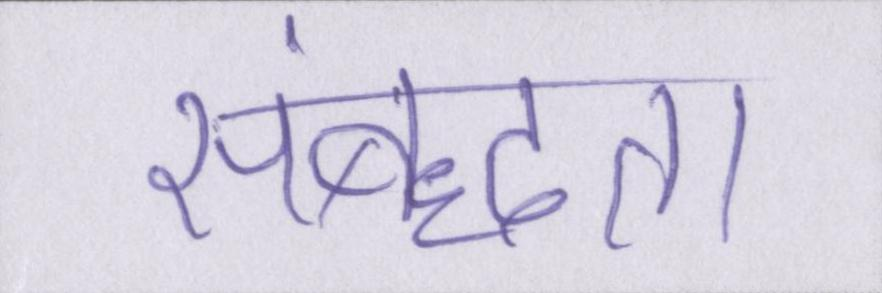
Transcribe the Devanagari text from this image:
संबद्धता